Lunatic asylums in Bengal annual reports 1912-1924 - 1912-1924
Year: 1912
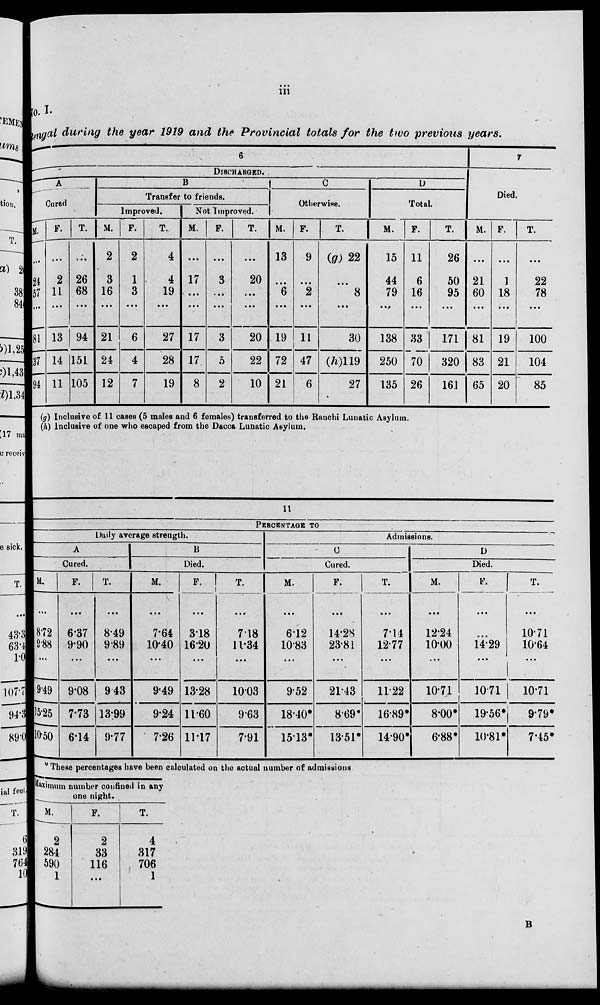
iii
No. I.
Bengal during the year 1919 and the Provincial totals for the two previous years.
6
DISCHARGED.
A
Cured.
M.
...
24
57
...
81
37
94
F.
...
2
11
...
13
14
11
T.
...
26
68
...
94
151
105
B
Transfer to friends.
Improved.
M.
2
3
16
...
21
24
12
F.
2
1
3
...
6
4
7
T.
4
4
19
...
27
28
19
Not Improved.
M.
...
17
...
...
17
17
8
F.
...
3
...
...
3
5
2
T.
...
20
...
...
20
22
10
C
Otherwise.
M.
13
...
6
...
19
72
21
F.
9
...
2
...
11
47
6
T.
(g) 22
...
8
...
30
(h)119
27
D
Total.
M.
15
44
79
...
138
250
135
F.
11
6
16
...
33
70
26
T.
26
50
95
...
171
320
161
7
Died.
M.
...
21
60
...
81
83
65
F.
...
1
18
...
19
21
20
T.
...
22
78
...
100
104
85
(g) Inclusive of 11 cases (5 males and 6 females) transferred to the Ranchi Lunatic Asylum.
(h) Inclusive of one who escaped from the Dacca Lunatic Asylum.
11
PERCENTAGE TO
Daily average strength.
A
Cured.
M.
...
8.72
9.88
...
9.49
15.25
10.50
F.
...
6.37
9.90
...
9.08
7.73
6.14
T.
...
8.49
9.89
...
9.43
13.99
9.77
B
Died.
M.
...
7.64
10.40
...
9.49
9.24
7.26
F.
...
3.18
16.20
...
13.28
11.60
11.17
T.
...
7.18
11.34
...
10.03
9.63
7.91
Admissions.
C
Cured.
M.
...
6.12
10.83
...
9.52
18.40*
15.13*
F.
...
14.28
23.81
...
21.43
8.69*
13.51*
T.
...
7.14
12.77
...
11.22
16.89*
14.90*
D
Died.
M.
...
12.24
10.00
...
10.71
8.00*
6.88*
F.
...
...
14.29
...
10.71
19.56*
10.81*
T.
...
10.71
10.64
...
10.71
9.79*
7.45*
* These percentages have been calculated on the actual number of admissions.
Maximum number confined in any
one night.
M.
2
284
590
1
F.
2
33
116
...
T.
4
317
706
1
B